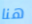
هنا